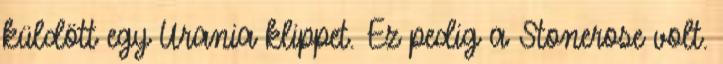
küldött egy Urania klippet. Ez pedig a Stonerose volt.